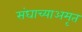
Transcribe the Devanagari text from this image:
संघाच्याअमृत